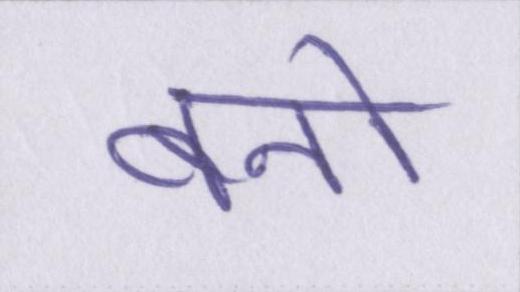
बनो